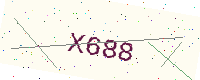
Text: X688